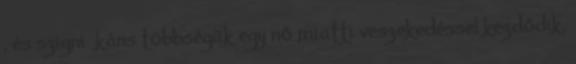
, és szigniﬁkáns többségük egy nő miatti veszekedéssel kezdődik.